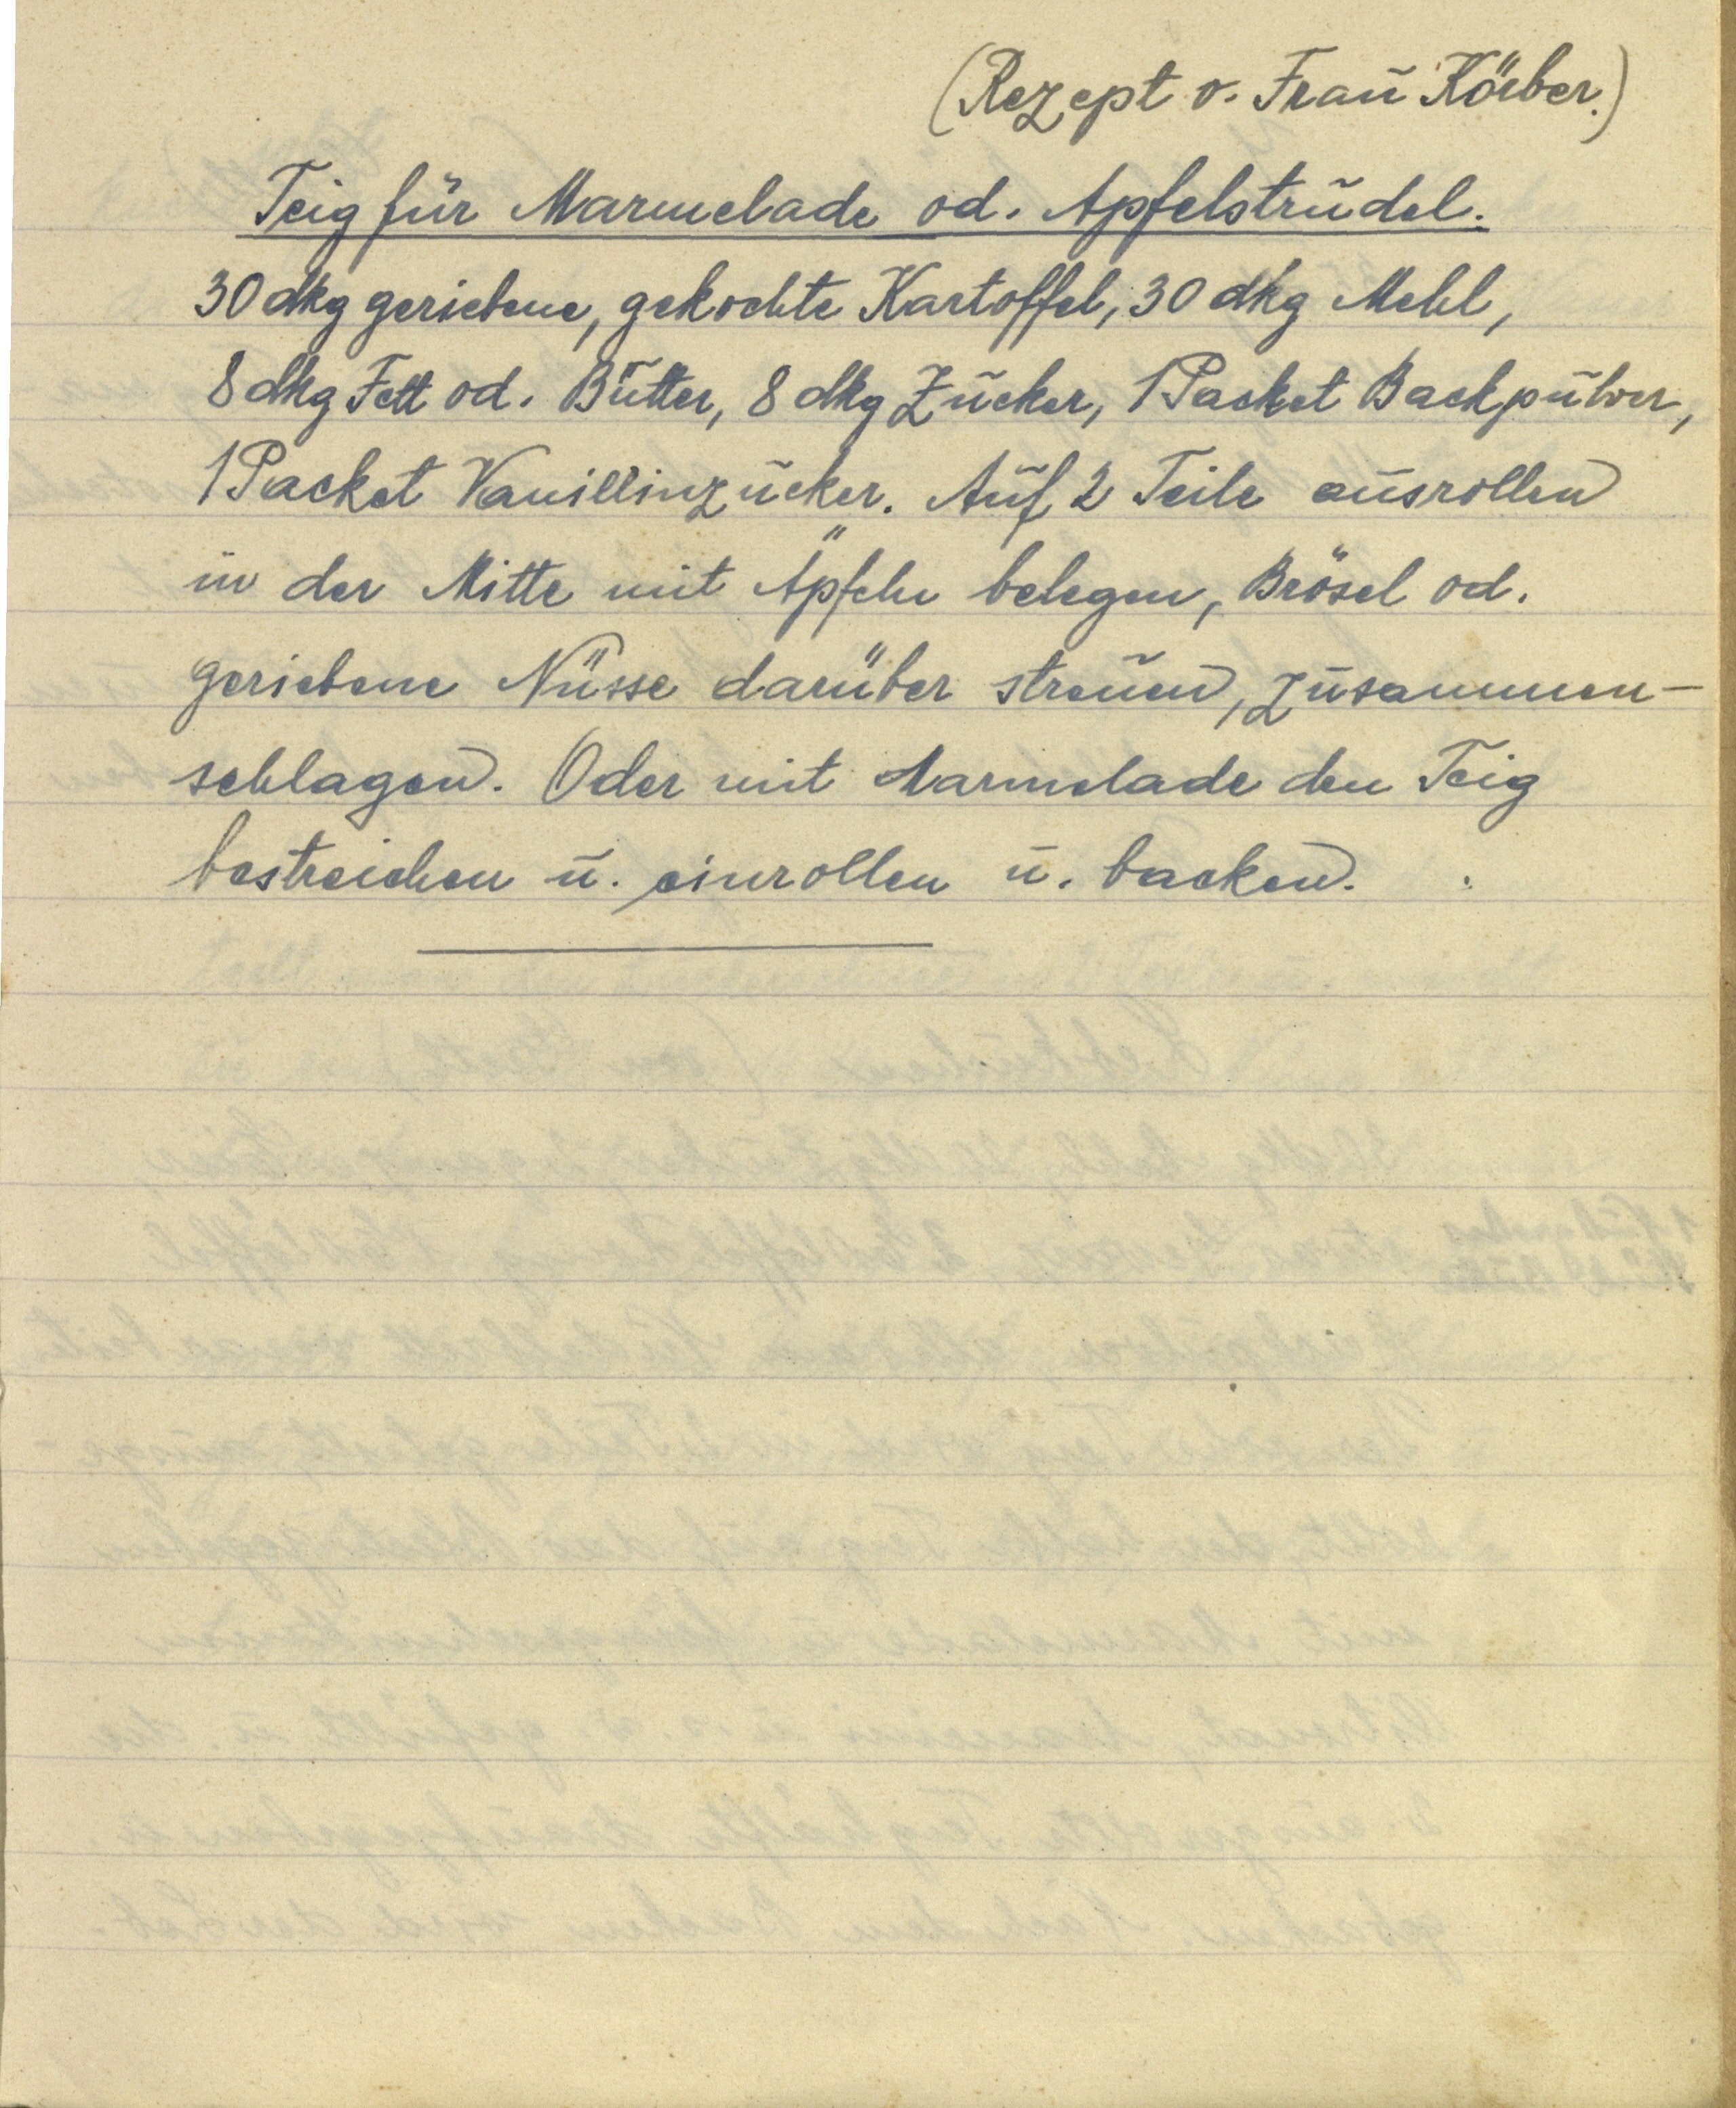
(Rezept v. Frau Körber.)
Teig für Marmelade od. Apfelstrudel.
30 dkg geriebene, gekochte Kartoffel, 30 dkg Mehl,
8 dkg Fett od. Butter, 8 dkg Zucker, 1 Packet Backpulver,
1 Packet Vanillinzucker. Auf 2 Teile ausrollen
in der Mitte mit Apfeln belegen, Brösel od.
geriebene Nüsse darüber streuen, zusammen¬
schlagen. Oder mit Marmnelade den Teig
bestreichen u. einrollen u. backen.